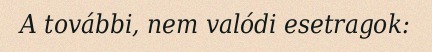
A további, nem valódi esetragok: